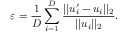
\varepsilon = \frac { 1 } { D } \sum _ { i = 1 } ^ { D } \frac { | | u _ { i } ^ { \prime } - u _ { i } | | _ { 2 } } { | | u _ { i } | | _ { 2 } } .